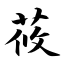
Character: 莜